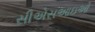
સીએસઆઇઓ